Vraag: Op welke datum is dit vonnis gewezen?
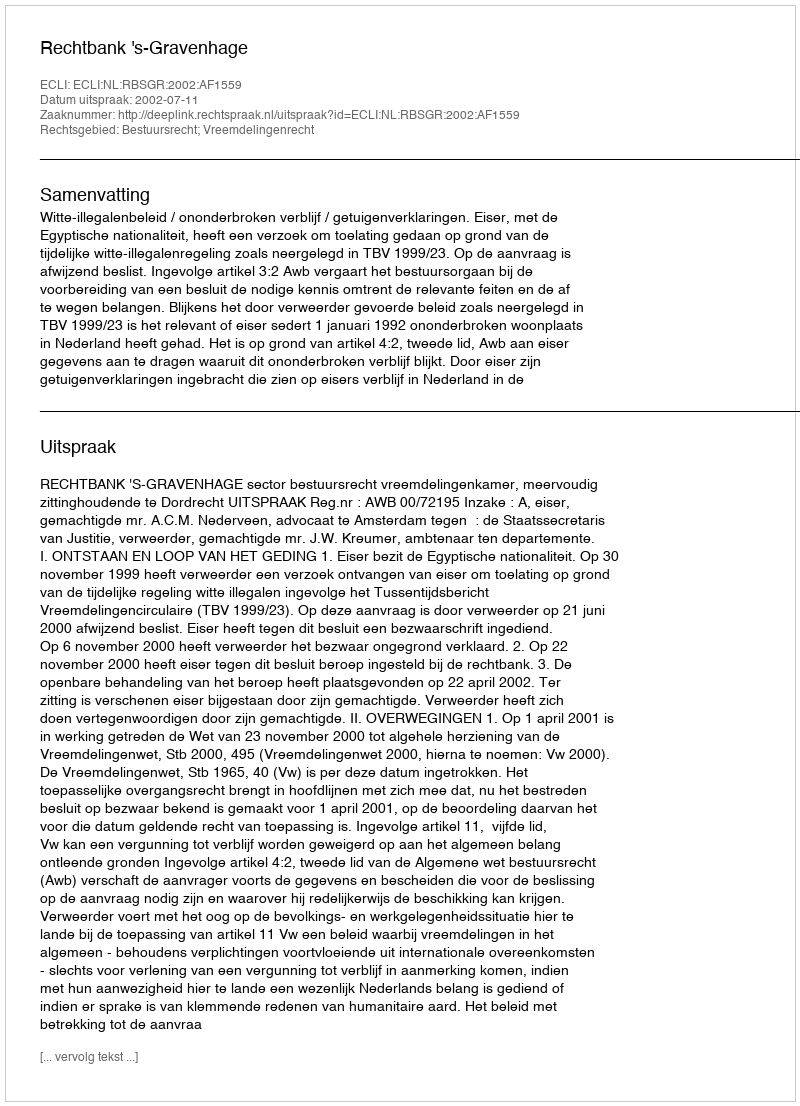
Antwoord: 2002-07-11